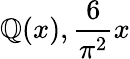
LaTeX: \mathbb{Q}(x),{\frac{{6}}{{\pi^{2}}}}x